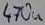
Text: 470u